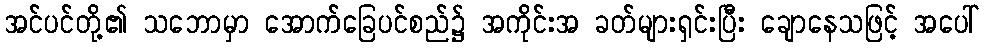
အင်ပင်တို့၏ သဘောမှာ အောက်ခြေပင်စည်၌ အကိုင်းအ ခတ်များရှင်းပြီး ချောနေသဖြင့် အပေါ်